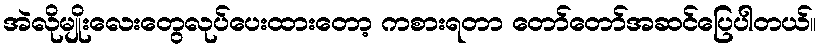
အဲလိုမျိုးလေးတွေလုပ်ပေးထားတော့ ကစားရတာ တော်တော်အဆင်ပြေပါတယ်။